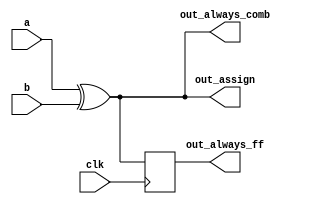
module top_module(
    input clk,
    input a,
    input b,
    output wire out_assign,
    output reg out_always_comb,
    output reg out_always_ff   );
    
    assign out_assign = a ^ b; // continuous
    
    always@(*) out_always_comb = a ^ b; // combinational: blocking
    always@(posedge clk) out_always_ff <= a ^ b; // clocked: non-blocking

endmodule